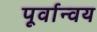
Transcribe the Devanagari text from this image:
पूर्वान्वय